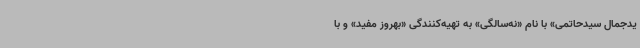
یدجمال سیدحاتمی» با نام «نه‌سالگی» به تهیه‌کنندگی «بهروز مفید» و با